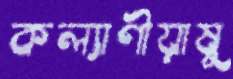
কল্যাণীয়াষু